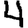
Digit: 4